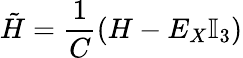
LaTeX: \tilde{H}=\frac{1}{C}(H-E_{X}\mathbb{I}_{3})